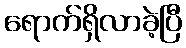
ရောက်ရှိလာခဲ့ပြီ